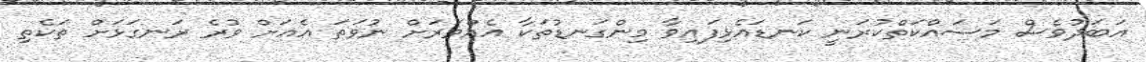
އަބަދުވެސް މަސައްކަތްކުރަނީ ކަނޑައެޅިފައިވާ މިންގަނޑުތަކާ އެއްވަރަށް ނުވަތަ އެއަށް ވުރެ ރަނގަޅަށް ތަކެތި